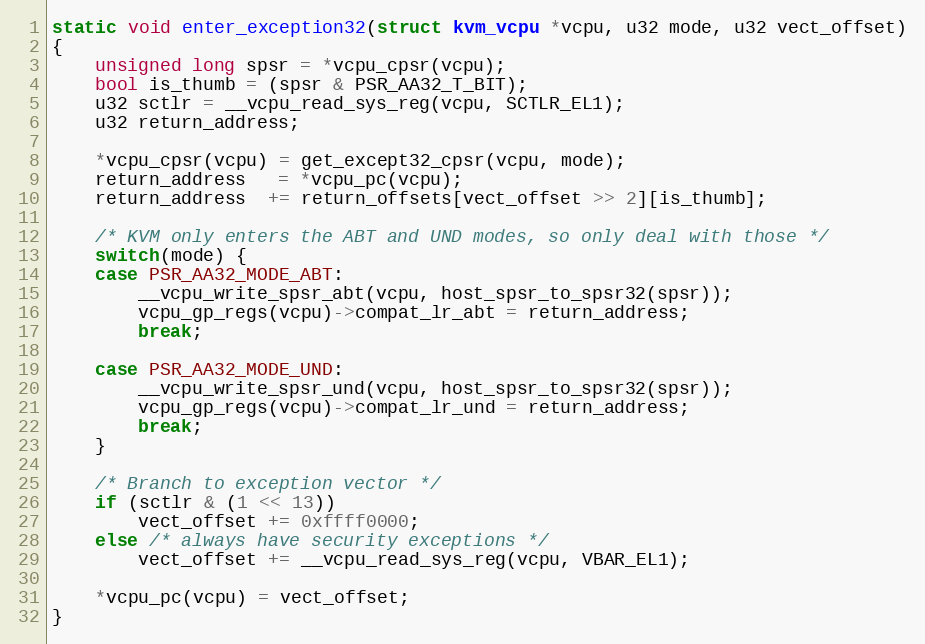
Language: C
static void enter_exception32(struct kvm_vcpu *vcpu, u32 mode, u32 vect_offset)
{
	unsigned long spsr = *vcpu_cpsr(vcpu);
	bool is_thumb = (spsr & PSR_AA32_T_BIT);
	u32 sctlr = __vcpu_read_sys_reg(vcpu, SCTLR_EL1);
	u32 return_address;

	*vcpu_cpsr(vcpu) = get_except32_cpsr(vcpu, mode);
	return_address   = *vcpu_pc(vcpu);
	return_address  += return_offsets[vect_offset >> 2][is_thumb];

	/* KVM only enters the ABT and UND modes, so only deal with those */
	switch(mode) {
	case PSR_AA32_MODE_ABT:
		__vcpu_write_spsr_abt(vcpu, host_spsr_to_spsr32(spsr));
		vcpu_gp_regs(vcpu)->compat_lr_abt = return_address;
		break;

	case PSR_AA32_MODE_UND:
		__vcpu_write_spsr_und(vcpu, host_spsr_to_spsr32(spsr));
		vcpu_gp_regs(vcpu)->compat_lr_und = return_address;
		break;
	}

	/* Branch to exception vector */
	if (sctlr & (1 << 13))
		vect_offset += 0xffff0000;
	else /* always have security exceptions */
		vect_offset += __vcpu_read_sys_reg(vcpu, VBAR_EL1);

	*vcpu_pc(vcpu) = vect_offset;
}